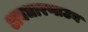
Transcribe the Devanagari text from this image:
अवधारणाउन